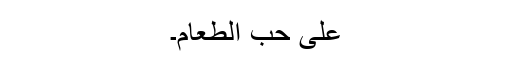
عَلیٰ حُبِّ الطَّعَامِ۔